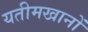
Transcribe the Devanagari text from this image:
यतीमखानों